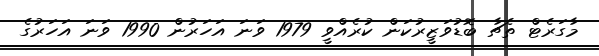
މާގަރެޓް ތެޗާ ބޮޑުވަޒީރުކަން ކުރެއްވީ 1979 ވަނަ އަހަރުން 1990 ވަނަ އަހަރުގެ